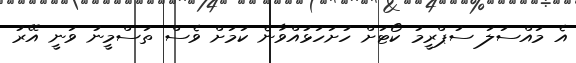
އެ މައްސަލަ ސުޕްރީމު ކޯޓަށް ހުށަހަޅުއްވާނެ ކަމަށް ވެސް ތަސްމީނު ވަނީ އޭރު